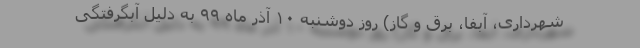
شهرداری، آبفا، برق و گاز) روز دوشنبه ۱۰ آذر ماه ۹۹ به دلیل آبگرفتگی